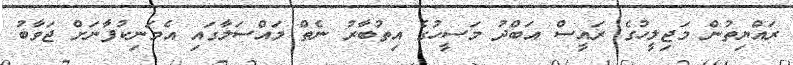
ރައްޔިތުން މަޖިލީހުގެ ރައީސް އަބްދު މަސީހުގެ އިތުބާރު ނެތް މައްސަލާގައި އެމަނިކުފާނަށް ޖަވާބު